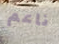
ناعم